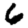
Digit: 6